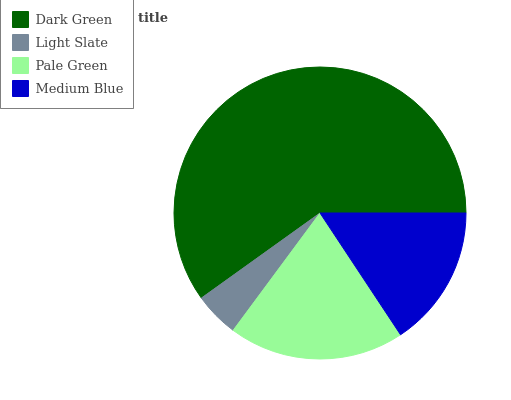
| Dark Green | Light Slate | Pale Green | Medium Blue |
 | --- | --- | --- | --- |
 | 59.9% | 4.97% | 19.4% | 15.7% |